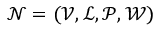
\mathcal { N } = ( \mathcal { V } , \mathcal { L } , \mathcal { P } , \mathcal { W } )